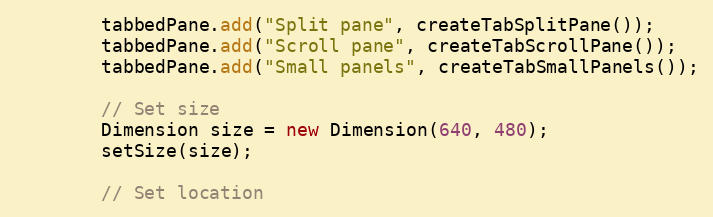
Language: Java
        tabbedPane.add("Split pane", createTabSplitPane());
        tabbedPane.add("Scroll pane", createTabScrollPane());
        tabbedPane.add("Small panels", createTabSmallPanels());

        // Set size
        Dimension size = new Dimension(640, 480);
        setSize(size);

        // Set location